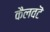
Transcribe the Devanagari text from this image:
कैलवटॆ